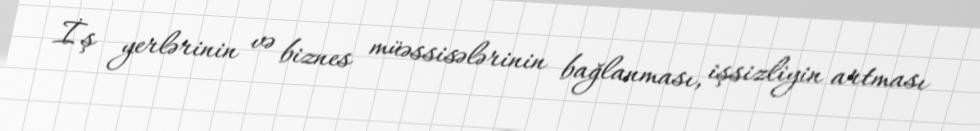
İş yerlərinin və biznes müəssisələrinin bağlanması, işsizliyin artması